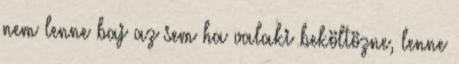
nem lenne baj az sem ha valaki beköltözne, lenne